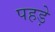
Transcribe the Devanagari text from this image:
पहड़े